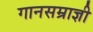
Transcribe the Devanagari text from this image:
गानसम्राज्ञी